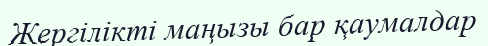
Жергілікті маңызы бар қаумалдар